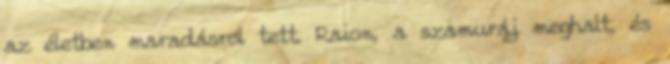
az életben maradásról tett. Raion, a szamuráj meghalt, és